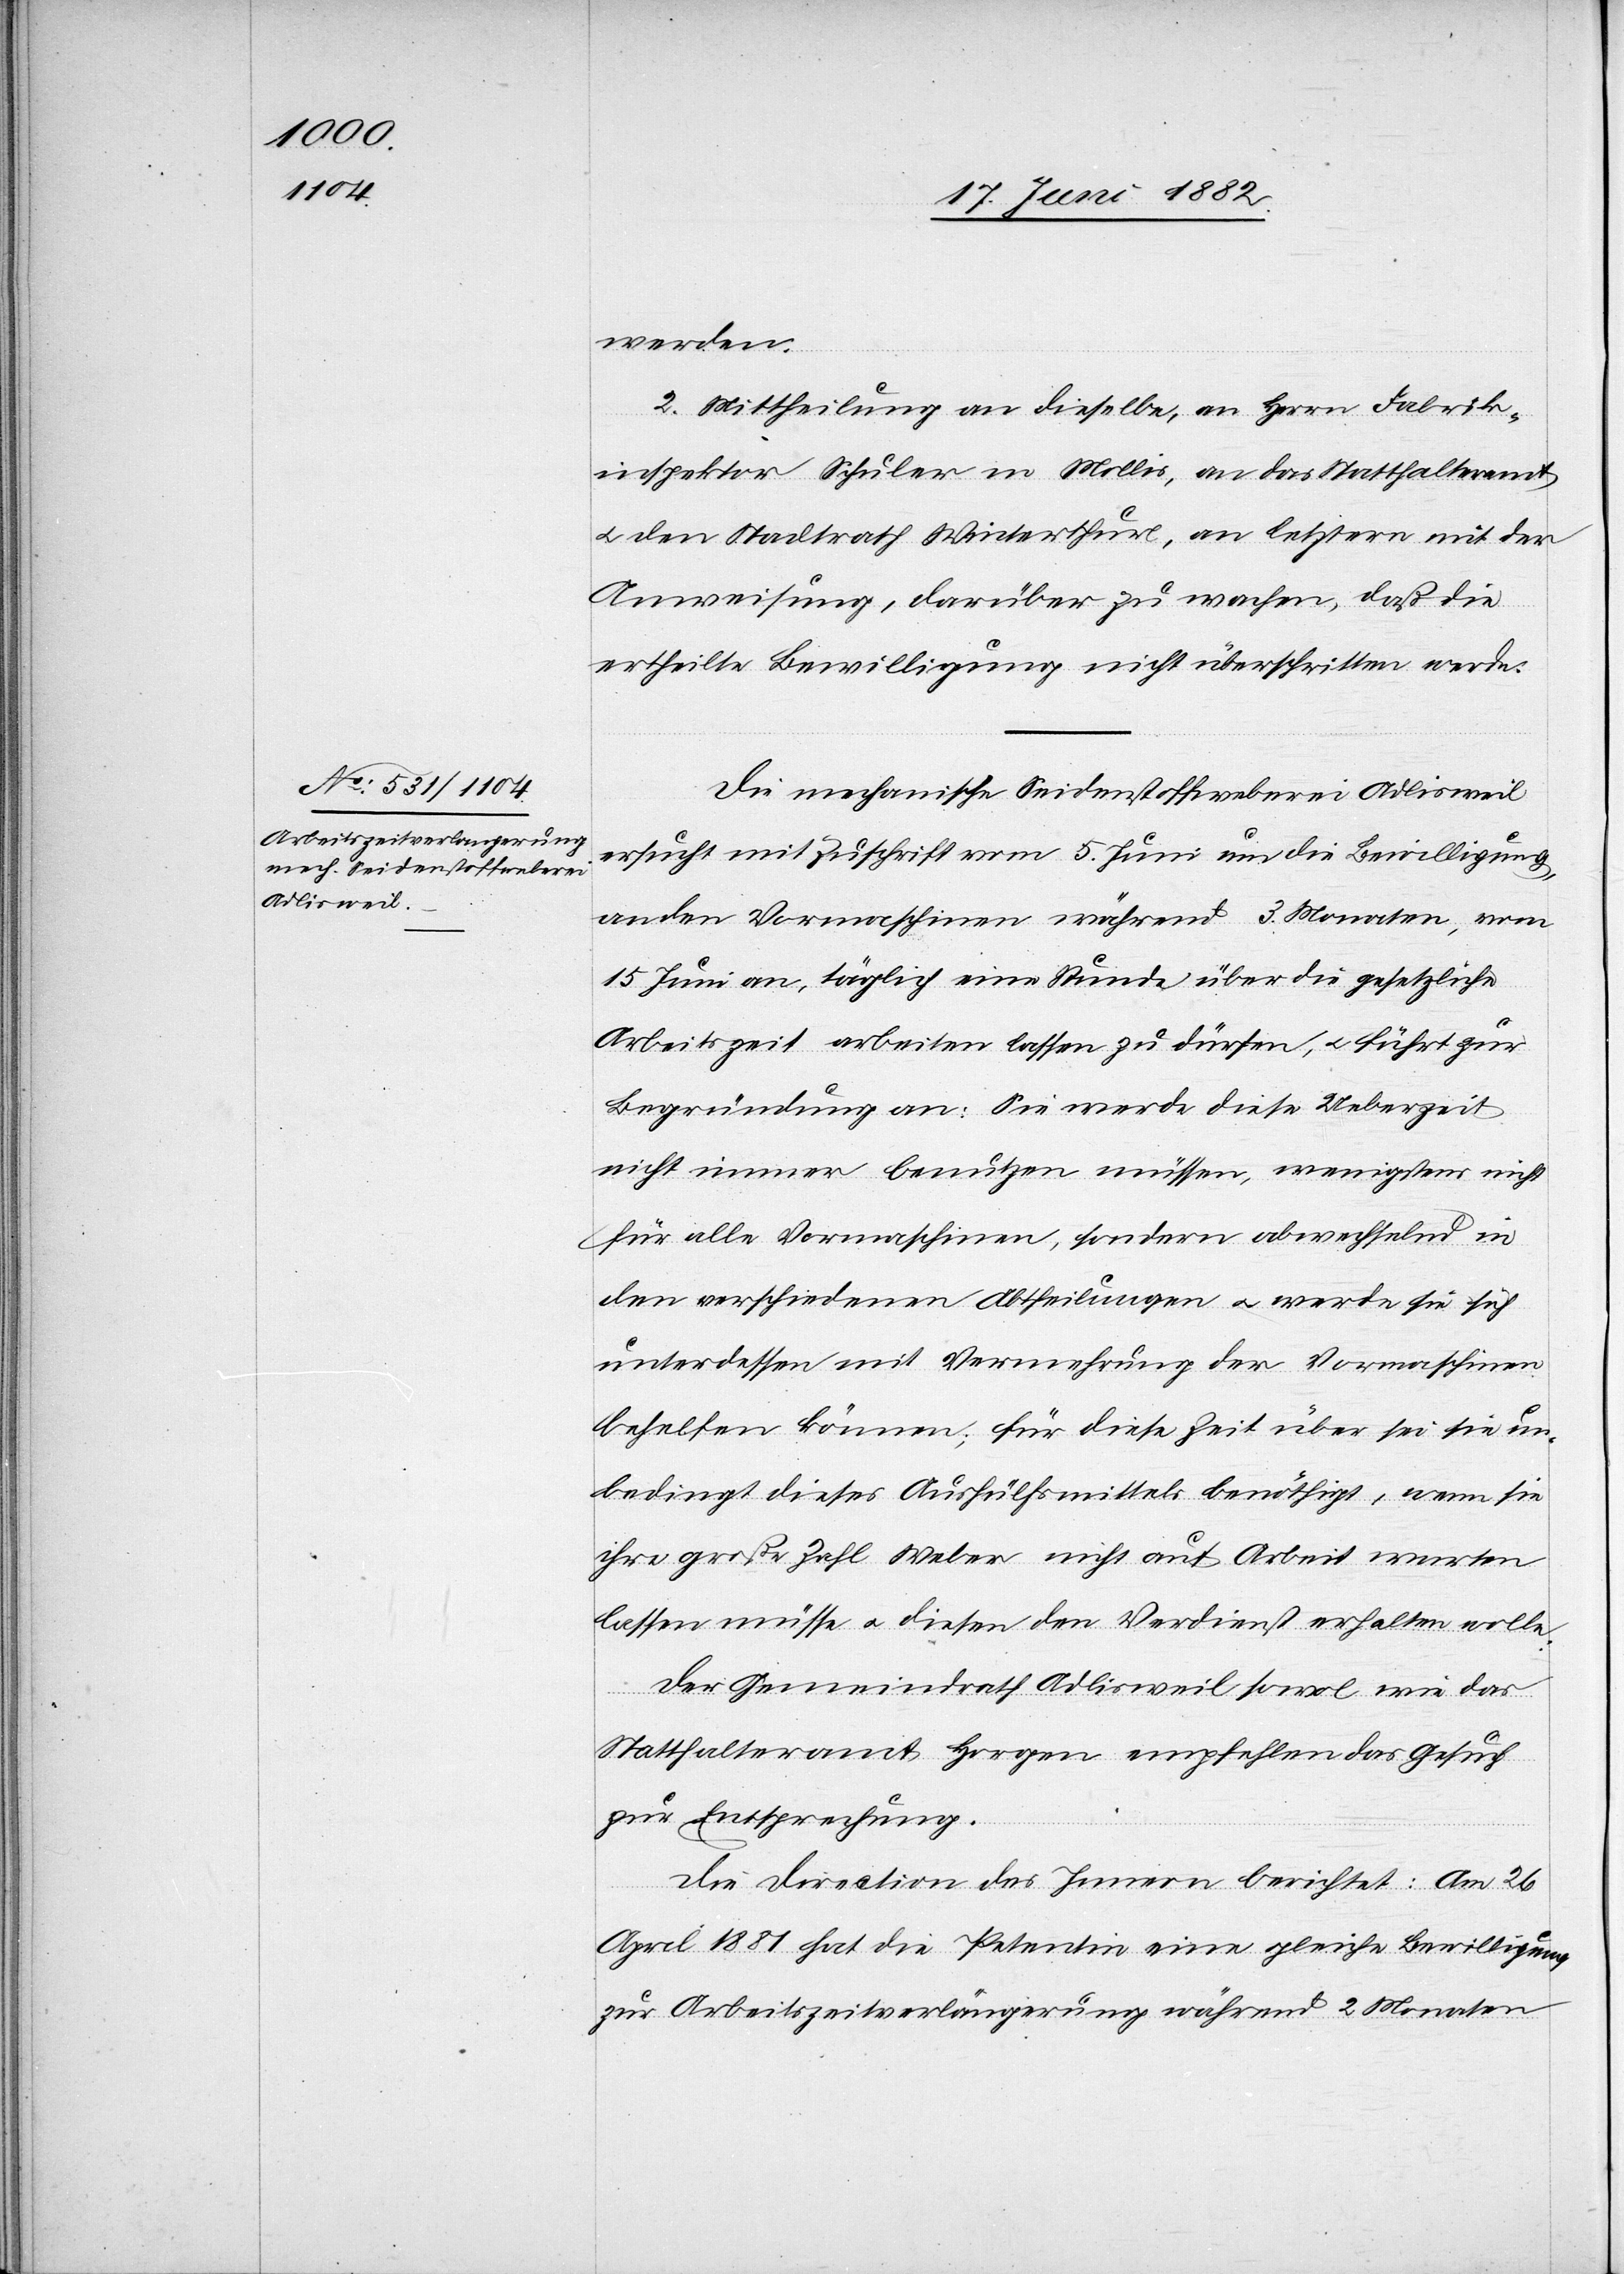
werden.
2. Mittheilung an dieselbe, an Herrn Fabrik¬
inspektor Schuler in Mollis, an das Statthalteramt
u. den Stadtrath Winterthur, an letztere mit der
Anweisung, darüber zu wachen, daß die
ertheilte Bewilligung nicht überschritten werde.
Die mechanische Seidenstoffweberei Adlisweil
ersucht mit Zuschrift vom 5. Juni um die Bewilligung,
an den Vormaschinen während 3 Monaten, vom
15. Juni an, täglich eine Stunde über die gesetzliche
Arbeitszeit arbeiten lassen zu dürfen, u. führt zur
Begründung an: Sie werde diese Ueberzeit
nicht immer benutzen müssen, wenigstens nicht
für alle Vormaschinen, sondern abwechselnd in
den verschiedenen Abtheilungen u. werde sie sich
unterdessen mit Vermehrung der Vormaschinen
behelfen können; für diese Zeit über sei sie un¬
bedingt dieses Aushülfsmittels benöthigt [sic!], wenn sie
ihre große Zahl Weber nicht auf Arbeit warten
lassen müsse u. diesen den Verdienst erhalten wolle.
Der Gemeindrath Adlisweil sowol wie das
Statthalteramt Horgen empfehlen das Gesuch
zur Entsprechung.
Die Direction des Innern berichtet: Am 26.
April 1881 hat die Petentin eine gleiche Bewilligung
zur Arbeitszeitverlängerung während 2 Monaten